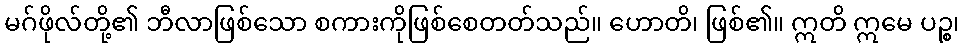
မဂ်ဖိုလ်တို့၏ ဘီလာဖြစ်သော စကားကိုဖြစ်စေတတ်သည်။ ဟောတိ၊ ဖြစ်၏။ ဣတိ ဣမေ ပဉ္စ၊